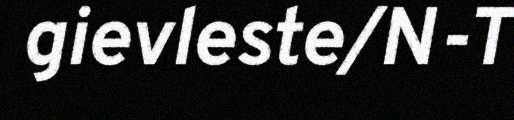
gievleste/N-T